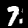
Label: 7